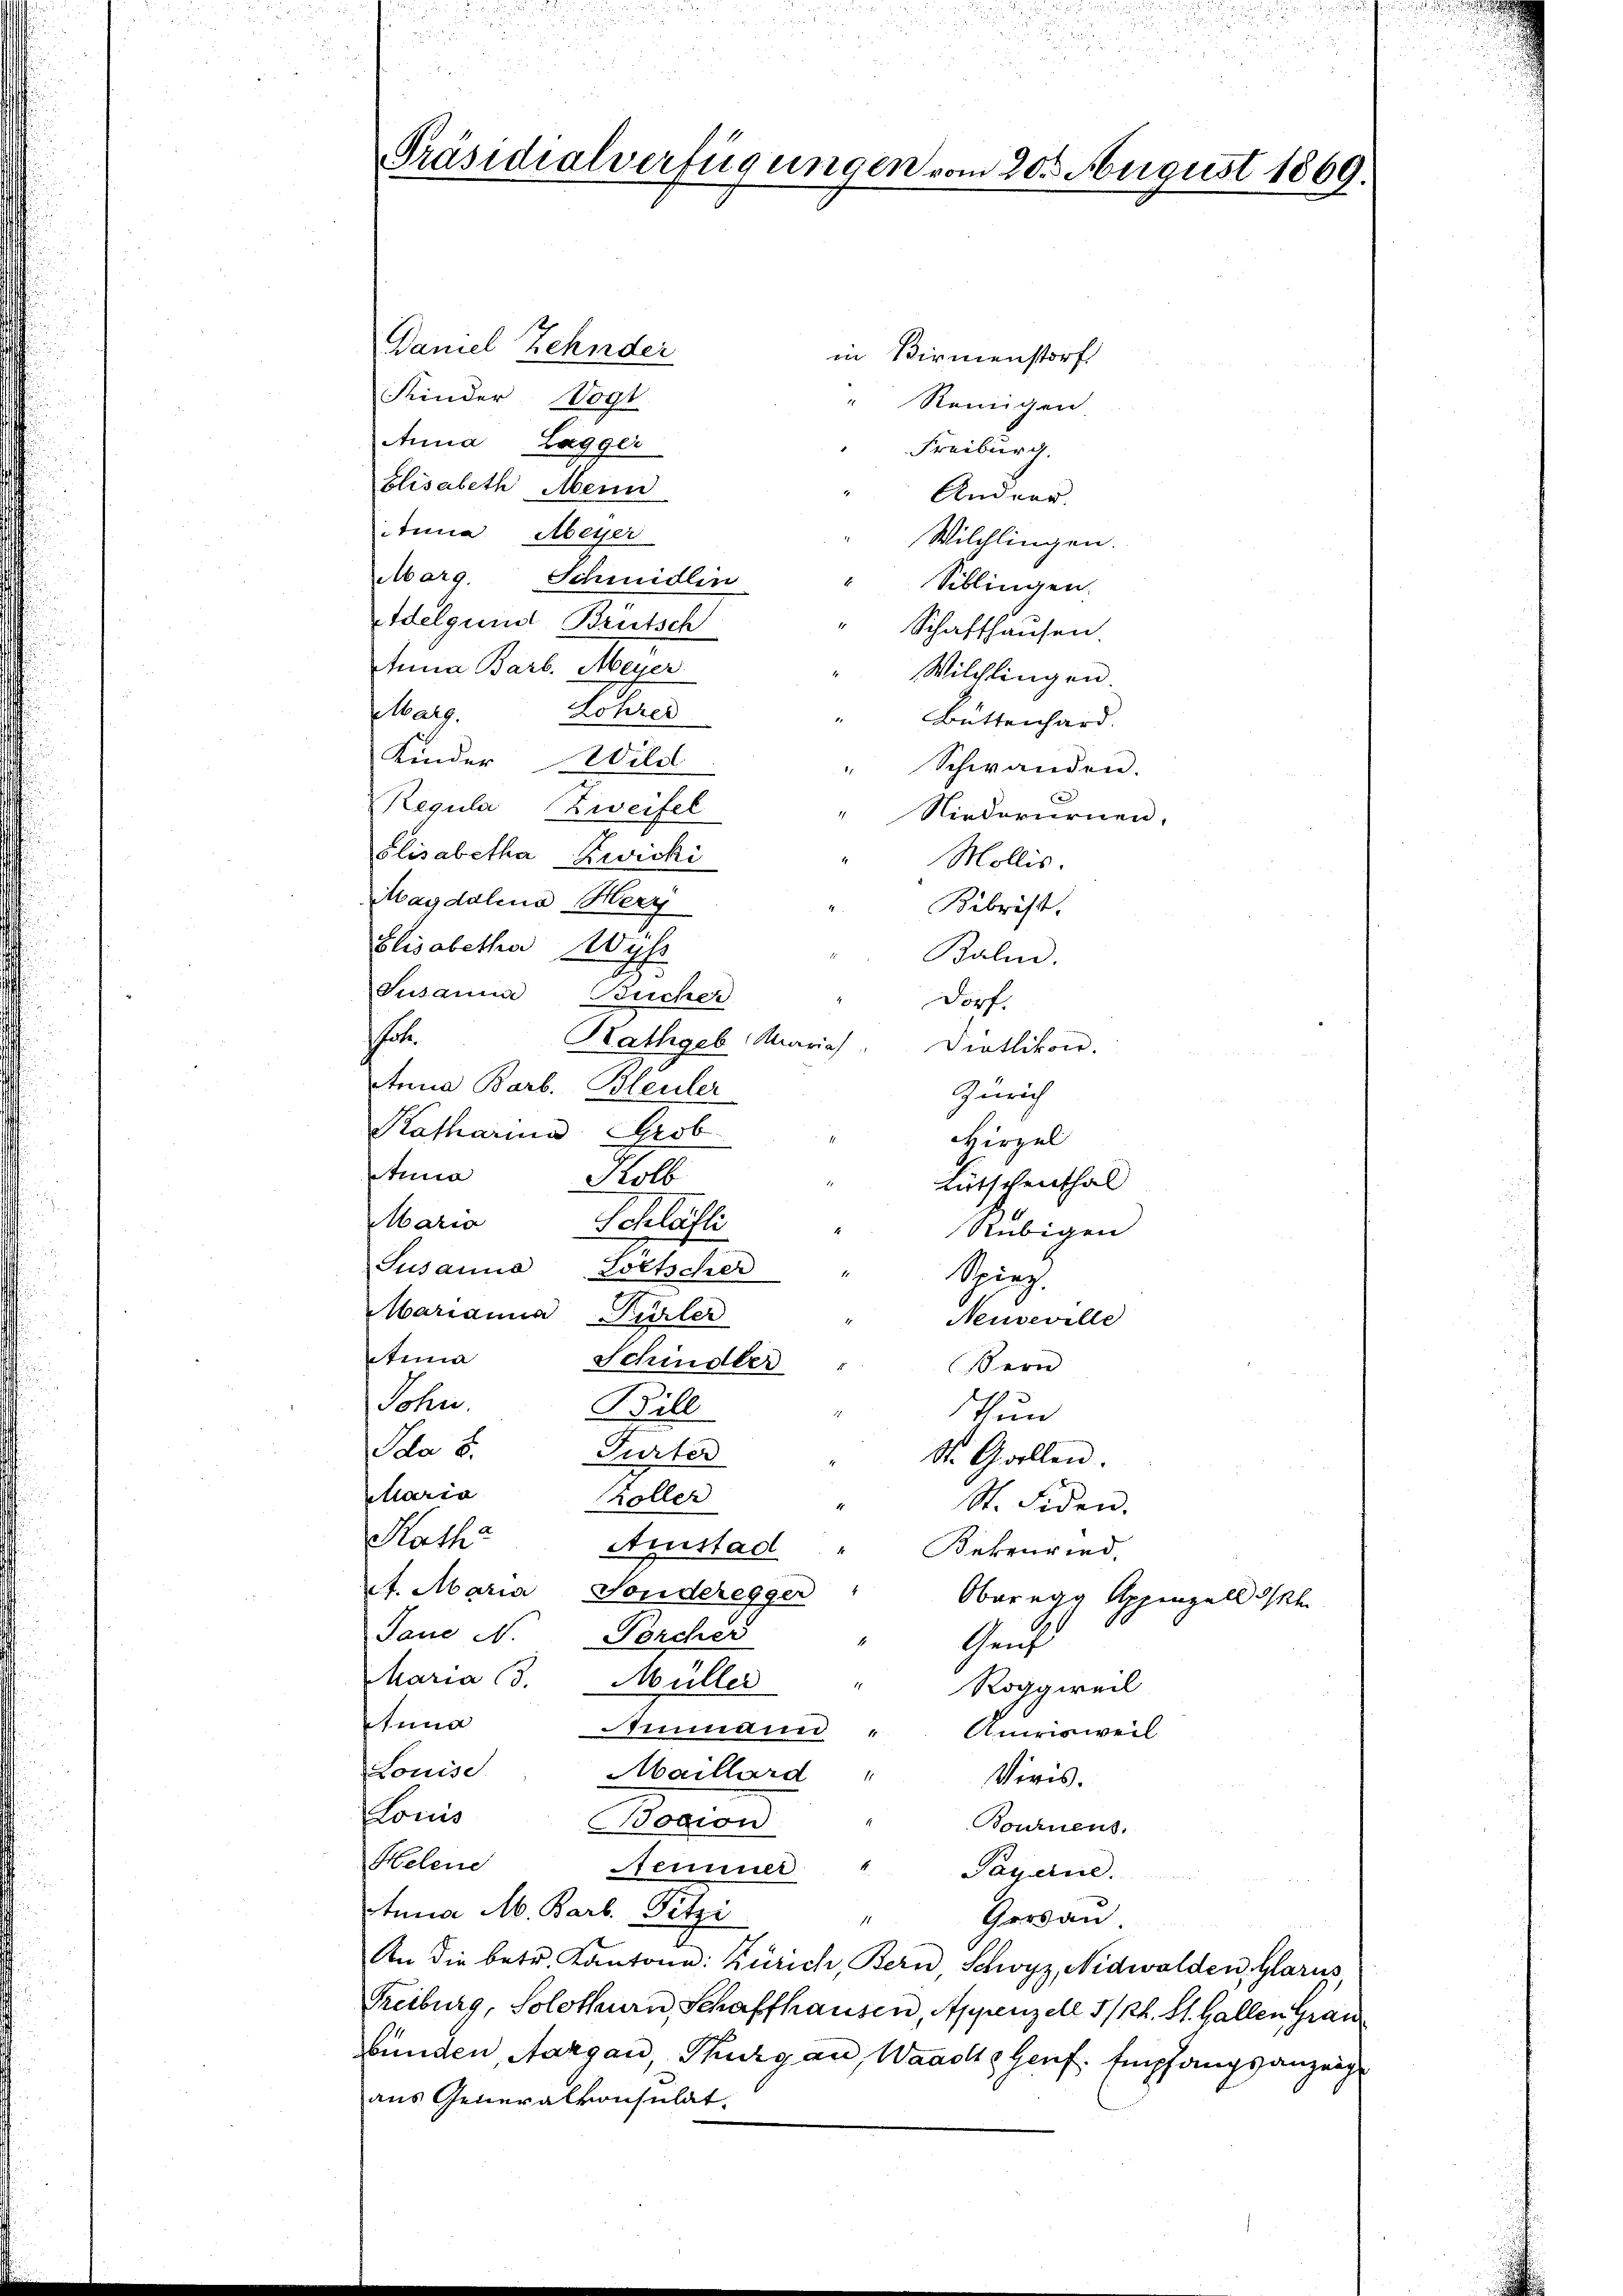
Präsidialverfügungen vom 20. August 1869.

Daniel Zehnder
in Birmenstorf
Kinder Wogt
Reinigen
Anna Lagger
Freiburg.
Elisabeth Mein
Andrer
Anna Meyer
Wilchlingen.
Marg. Schmidlin
Siblingen.
Idelgend Brütsch
Schaffhausen.
Anna Barb. Meier
Wilchlingen.
Lehre
Marg.
Büttenhard.
Kinder Wild
" Schwanden.
Regula Zweifel
" Niederurnen.
glisabetha Zwicki
Mollis.
Magdalena Hery
Bibrist.
Elisabetha Wyh
Balin.
Susanna Bucher
dorf.
t
Rathgeb Maria. Dietlikon.
Anna Barb. Bleuler
Zürich
Katharina Grob
Aua
Kolb
Rutschenthal
Maria
Schläfti
Rübigen
Susanna Lottscher
Spiez.
Marianna Fürler
Neuveville
Anma
Schindler
Bern
Sohn
Bill
Thun
Ida 8.
Turter
St. G. wollen.
claria
Koller
St. Fiden.
Rathe
Amistad
Kekenried,
A. Maria Sonderegger
Oberegg Appenzell h
Jaue N. Forcher
Genf
Maria (3. Müller
Roggweil
nna
Ammann " Amrisweil
Louise
Maillard "
Viris.
Louis
Bocion
Bournens,
Helene
Fenner "
Payerne.
tnna M. Barb. Pitzi
Gersau
An die betr. Kantone: Zürich, Bern Schwyz, Nidwalden, Glarus
Treiburg, Solothurn, Schaffhausen, Appenzell I/Rh. St. Gallen Grau
Bunden, Aargau, Thurgau, Waadt Genf. Empfangsanzeigt
aus Generalkonsulat.

Hirzel